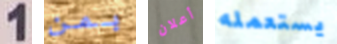
1 بمن أعلان يستعمله